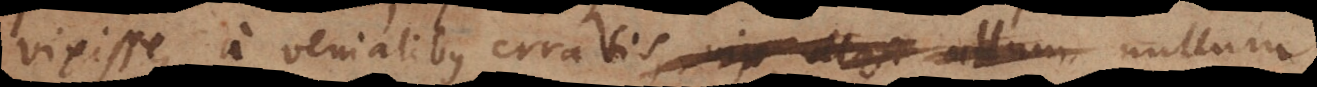
vixisse, a venialibus erratis vix ullos ullum